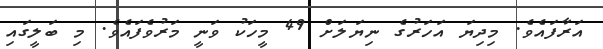
އަރާފައެވެ. މިދިޔަ އަހަރުގެ ނިޔަލަށް 49 މީހަކު ވަނީ މަރުވެފައެވެ. މި ބަލީގައި